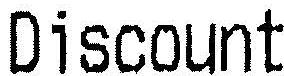
DISCOUNT